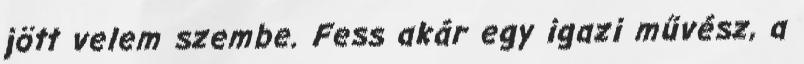
jött velem szembe. Fess akár egy igazi művész, a